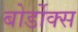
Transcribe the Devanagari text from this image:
बोर्डोक्स